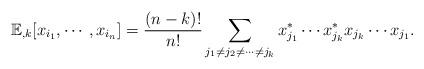
LaTeX: \begin{align*} \mathbb{E}_{, k}[x_{i_1}, \cdots, x_{i_n} ] = \frac{(n-k)!}{n!} \sum_{j_1 \neq j_2 \neq \cdots \neq j_k} x_{j_1}^* \cdots x_{j_k}^*x_{j_k} \cdots x_{j_1}. \end{align*}